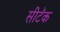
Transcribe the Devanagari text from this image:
सीटॅक